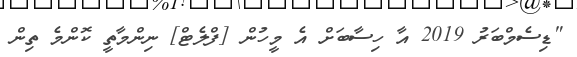
"ޑިސެމްބަރު 2019 އާ ހިސާބަށް އެ މީހުން [ފްލެޓް] ނިންމާތީ ކޮންމެ ތިން